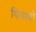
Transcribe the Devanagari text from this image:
पियायो